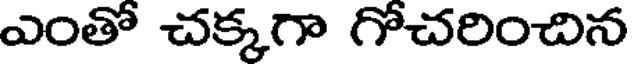
ఎంతో చక్కగా గోచరించిన